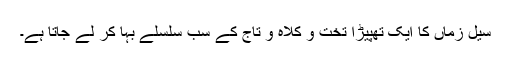
سیل زماں کا ایک تھپیڑا تخت و کلاہ و تاج کے سب سلسلے بہا کر لے جاتا ہے۔